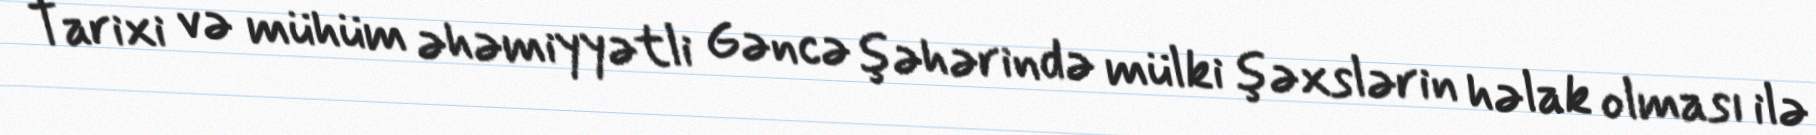
Tarixi və mühüm əhəmiyyətli Gəncə şəhərində mülki şəxslərin həlak olması ilə